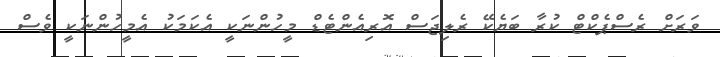
ވަރަށް ރެސްޕެކްޓް ކުރާ ބަޔެކޭ ރެލިޖަސް އޮރިއެންޓެޑް މީހުންނަކީ އެކަމަކު އެމީހުންނަކީ ވެސް